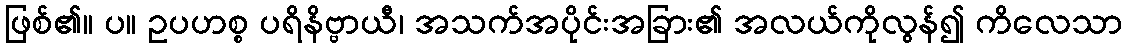
ဖြစ်၏။ ပ။ ဥပဟစ္စ ပရိနိဗ္ဗာယီ၊ အသက်အပိုင်းအခြား၏ အလယ်ကိုလွန်၍ ကိလေသာ